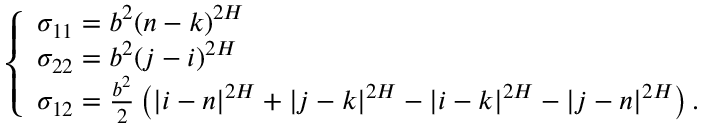
\left\{ \begin{array} { l l } { \medskip \sigma _ { 1 1 } = b ^ { 2 } ( n - k ) ^ { 2 H } } \\ { \medskip \sigma _ { 2 2 } = b ^ { 2 } ( j - i ) ^ { 2 H } } \\ { \medskip \sigma _ { 1 2 } = \frac { b ^ { 2 } } { 2 } \left( | i - n | ^ { 2 H } + | j - k | ^ { 2 H } - | i - k | ^ { 2 H } - | j - n | ^ { 2 H } \right) . } \end{array} \right.